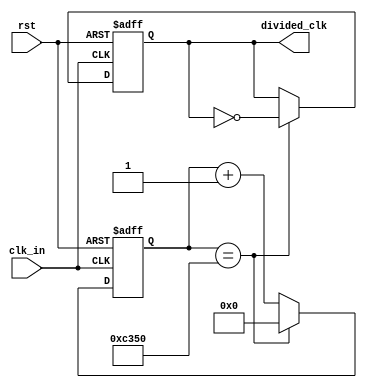
`timescale 1ns / 1ps
//////////////////////////////////////////////////////////////////////////////////
// Company: 
// Engineer: 
// 
// Design Name: 
// Module Name: clk_divider2
// Project Name: 
// Target Devices: 
// Tool Versions: 
// Description: 
// 
// Dependencies: 
// 
// Revision:
// Revision 0.01 - File Created
// Additional Comments:
// 
//////////////////////////////////////////////////////////////////////////////////


module clk_divider2(
	input clk_in,
	input rst,
	output reg divided_clk
    );
	 
	 
parameter toggle_value = 50000; // TODO: Calculate correct value
//parameter toggle_value = 1; // TODO: Calculate correct value

	 
reg[32:0] cnt;

always@(posedge clk_in or posedge rst)
begin
	if (rst==1) begin
		cnt <= 0;
		divided_clk <= 0;
	end
	else begin
		if (cnt==toggle_value) begin
			cnt <= 0;
			divided_clk <= ~divided_clk;
		end
		else begin
			cnt <= cnt +1;
			divided_clk <= divided_clk;		
		end
	end

end
			  
	


endmodule